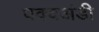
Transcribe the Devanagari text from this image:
पक्वअंडी